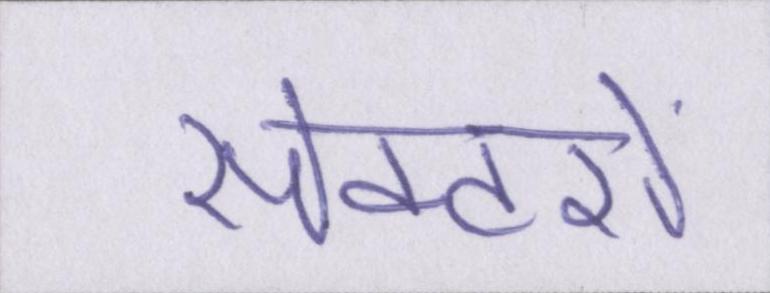
सेक्टरों